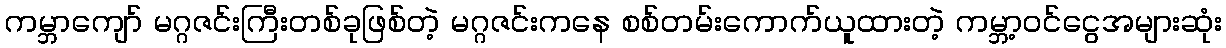
ကမ္ဘာကျော် မဂ္ဂဇင်းကြီးတစ်ခုဖြစ်တဲ့ မဂ္ဂဇင်းကနေ စစ်တမ်းကောက်ယူထားတဲ့ ကမ္ဘာ့ဝင်ငွေအများဆုံး